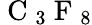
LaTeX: {\mathrm{~C~}}_{3}{\mathrm{~F~}}_{8}